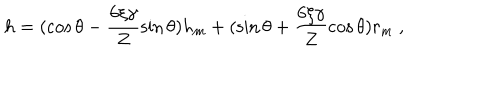
LaTeX: h = ( \cos \theta - \frac { 6 \xi \gamma } { Z } \sin \theta ) h _ { m } + ( \sin \theta + \frac { 6 \xi \gamma } { Z } \cos \theta ) r _ { m } \mathrm { ~ , ~ }